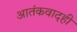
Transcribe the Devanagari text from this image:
आतंकवादही